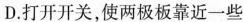
D. 打开开关，使两极板靠近一些